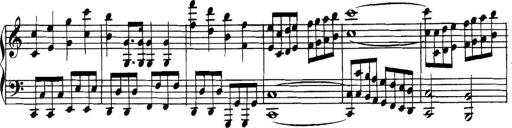
Title: Collected Piano Sonatas
Composer: Muzio Clementi